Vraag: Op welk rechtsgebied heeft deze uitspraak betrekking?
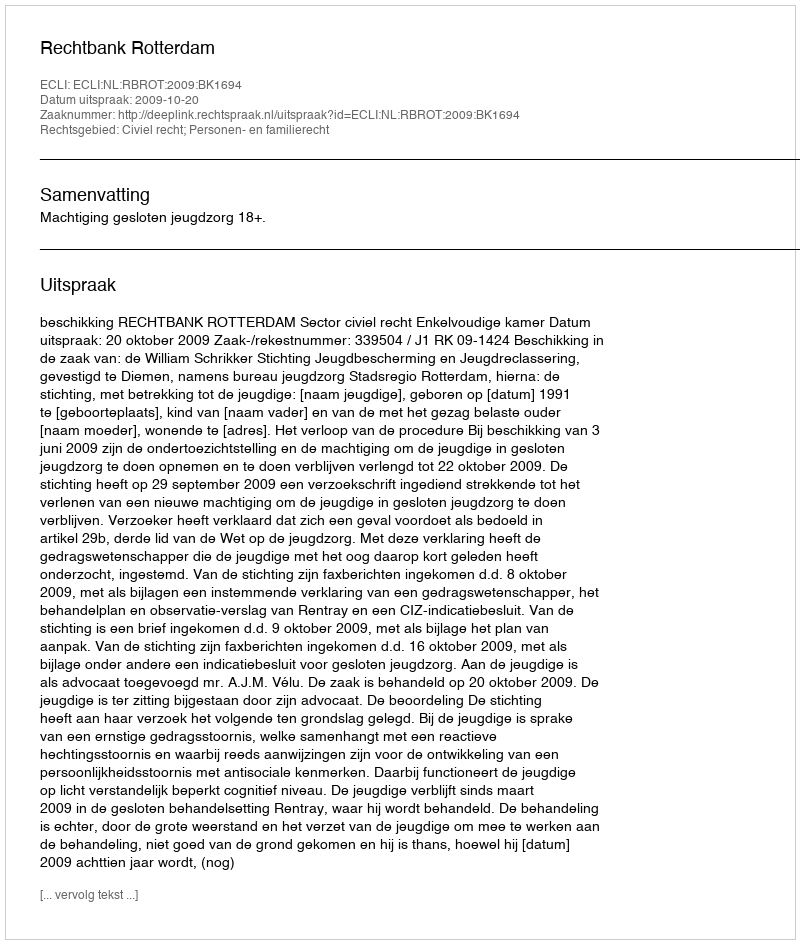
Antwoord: Civiel recht; Personen- en familierecht